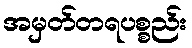
အမှတ်တရပစ္စည်း